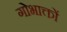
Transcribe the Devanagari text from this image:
गोभाक्तों